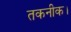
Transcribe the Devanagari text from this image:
तकनीक।